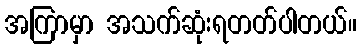
အကြာမှာ အသက်ဆုံးရတတ်ပါတယ်။